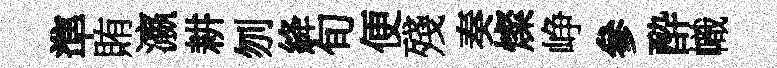
準賄瀛耕刎絳旬便殘奏燦峥參酔幟